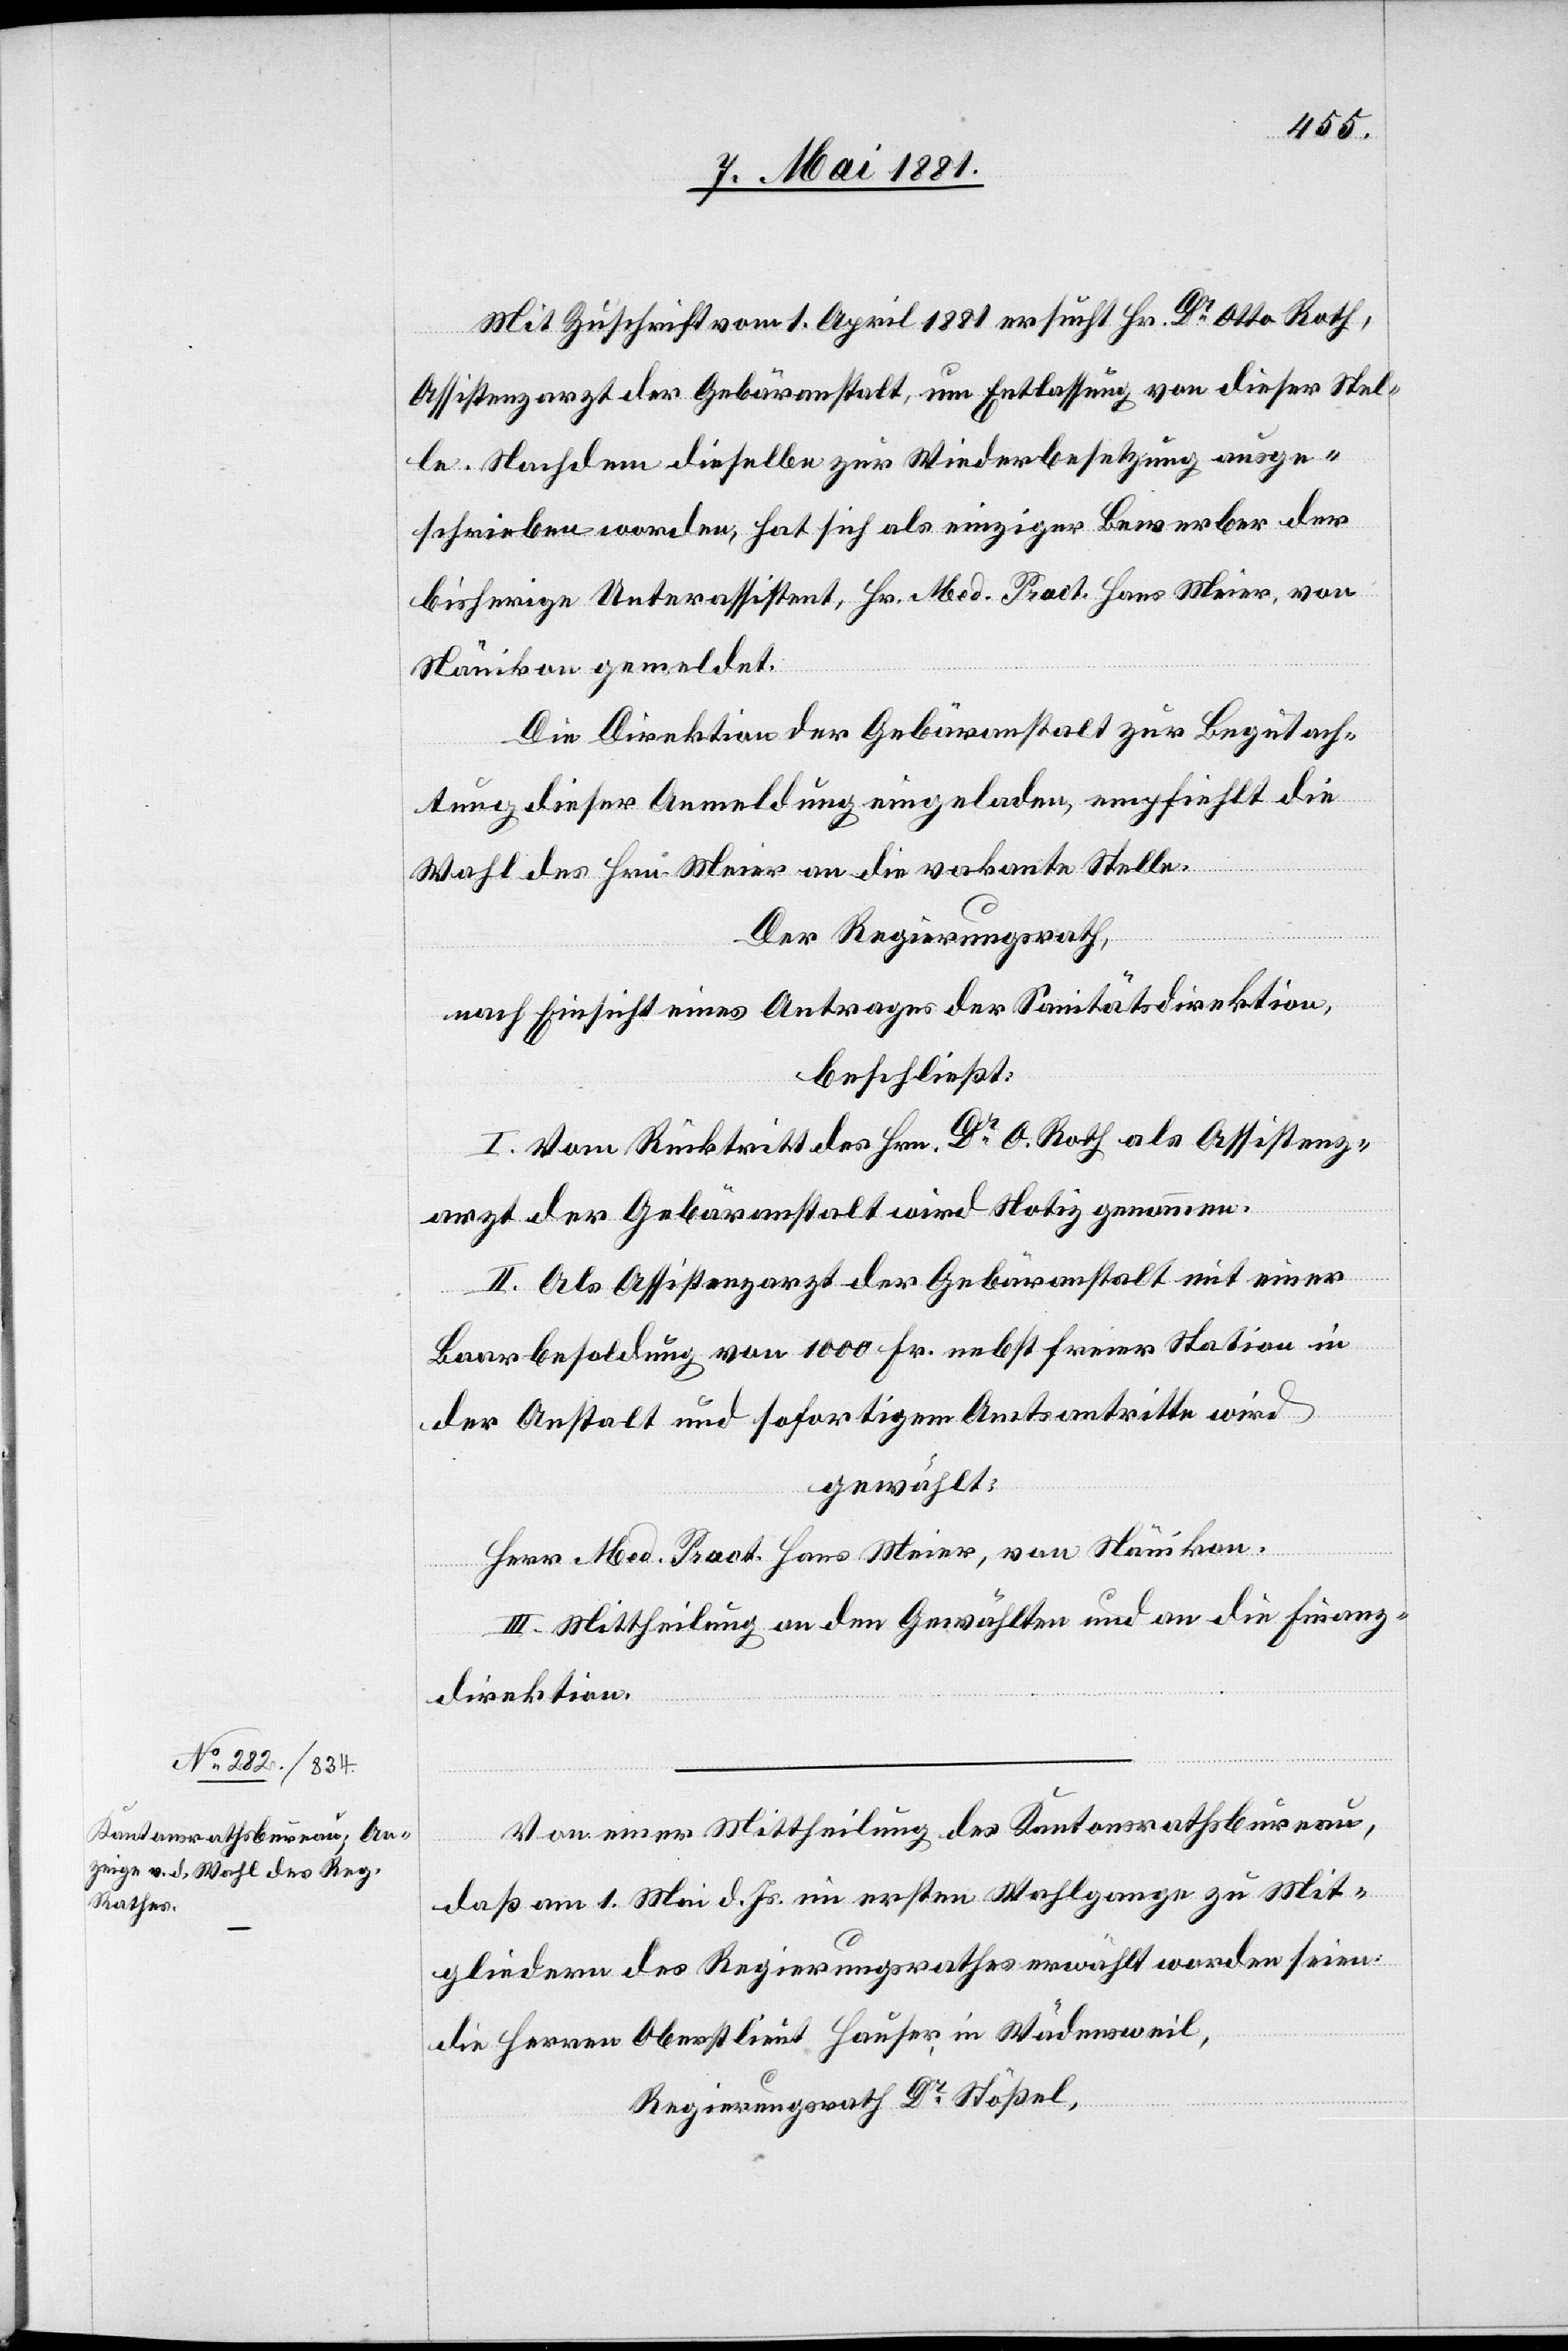
Mit Zuschrift vom 1. April 1881 ersucht Hr. Dr Otto Roth,
Assistenzarzt der Gebäranstalt, um Entlassung von dieser Stel¬
le. Nachdem dieselbe zur Wiederbesetzung ausge¬
schrieben worden, hat sich als einziger Bewerber der
bisherige Unterassistent, Hr. Med. Pract. Hans Meier [sic!], von
Nänikon gemeldet.
Die Direktion der Gebäranstalt zur Begutach¬
tung dieser Anmeldung eingeladen, empfiehlt die
in
Der Regierungsrath,
nach Einsicht eines Antrages der Sanitätsdirektion,
beschließt:
I. Vom Rücktritt des Hrn. Dr O. Roth als Assistenz¬
arzt der Gebäranstalt wird Notiz genommen.
II: Als Assistenzarzt der Gebäranstalt mit einer
Baarbesoldung von 1000 Fr. nebst freier Station in
der Anstalt und sofortigem Amtsantritte wird
gewählt:
Dr
Herr Med. Pract. Hans Meier, von Nänikon.
III. Mittheilung an den Gewählten und an die Finanz¬
direktion.
Von einer Mittheilung des Kantonsrathsbureau,
daß am 1. Mai d. Js. im ersten Wahlgange zu Mit¬
gliedern des Regierungsrathes erwählt worden seien: